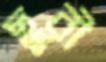
ছুরী